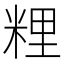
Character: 粴